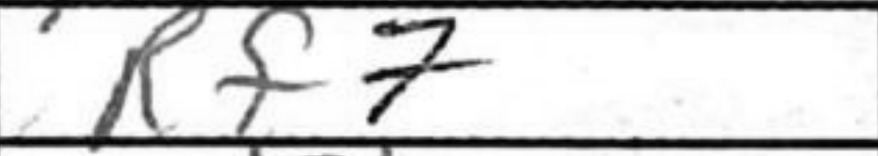
Transcription: Rf7